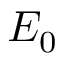
E _ { 0 }